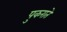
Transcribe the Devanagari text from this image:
पुकराते